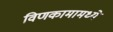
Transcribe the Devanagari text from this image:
विणकामामध्ये